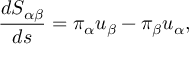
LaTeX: \frac { d S _ { \alpha \beta } } { d s } = \pi _ { \alpha } u _ { \beta } - \pi _ { \beta } u _ { \alpha } ,